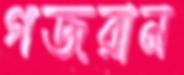
গজরান